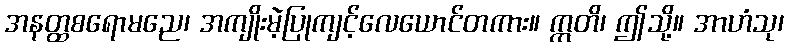
အနတ္ထစရောမညေ၊ အကျိုးမဲ့ပြုကျင့်လေယောင်တကား။ ဣတိ၊ ဤသို့။ အာဟံသု၊